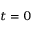
\scriptstyle t \; = \; 0